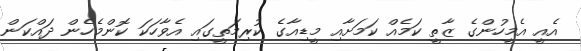
އެއީ އެމީހުންގެ ޒާތީ ކަމެއް ކަމަށާއި މީޑިއާގެ ކުރިމަތީގައި އެވާހަކަ ކޮންމެހެން ދައްކަން